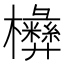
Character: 㰘